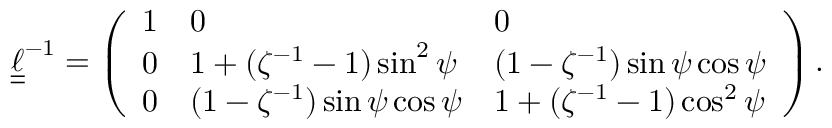
\boldsymbol { \underline { { \underline { { \ell } } } } } ^ { - 1 } = \left( \begin{array} { l l l } { 1 } & { 0 } & { 0 } \\ { 0 } & { 1 + ( \zeta ^ { - 1 } - 1 ) \sin ^ { 2 } \psi } & { ( 1 - \zeta ^ { - 1 } ) \sin \psi \cos \psi } \\ { 0 } & { ( 1 - \zeta ^ { - 1 } ) \sin \psi \cos \psi } & { 1 + ( \zeta ^ { - 1 } - 1 ) \cos ^ { 2 } \psi } \end{array} \right) .